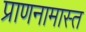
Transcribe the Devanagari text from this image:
प्राणनामास्त